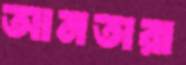
আনতারা